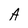
Character: A